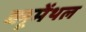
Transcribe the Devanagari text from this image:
ब्लूमेंथल